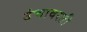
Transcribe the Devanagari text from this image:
उंचावरती